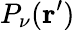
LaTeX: P_{\nu}({\mathbf r^{\prime}})